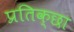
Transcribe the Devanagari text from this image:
प्रतिक्छा